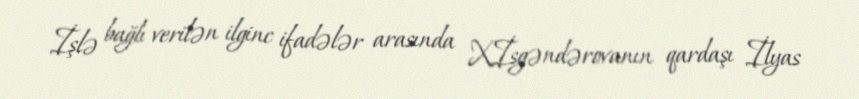
İşlə bağlı verilən ilginc ifadələr arasında X.İsgəndərovanın qardaşı İlyas